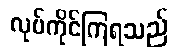
လုပ်ကိုင်ကြရသည်